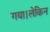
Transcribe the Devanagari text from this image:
गया।लेकिन